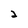
Character: 2